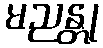
မညန္တု